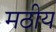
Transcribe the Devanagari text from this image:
मठीय